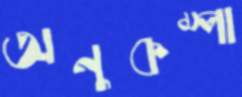
অনুকম্পা